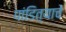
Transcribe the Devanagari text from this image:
पांडित्याचे